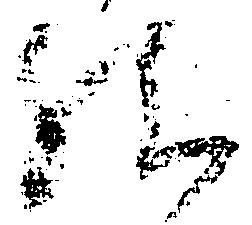
給